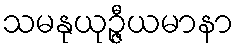
သမနုယုဉ္ဇီယမာနာ